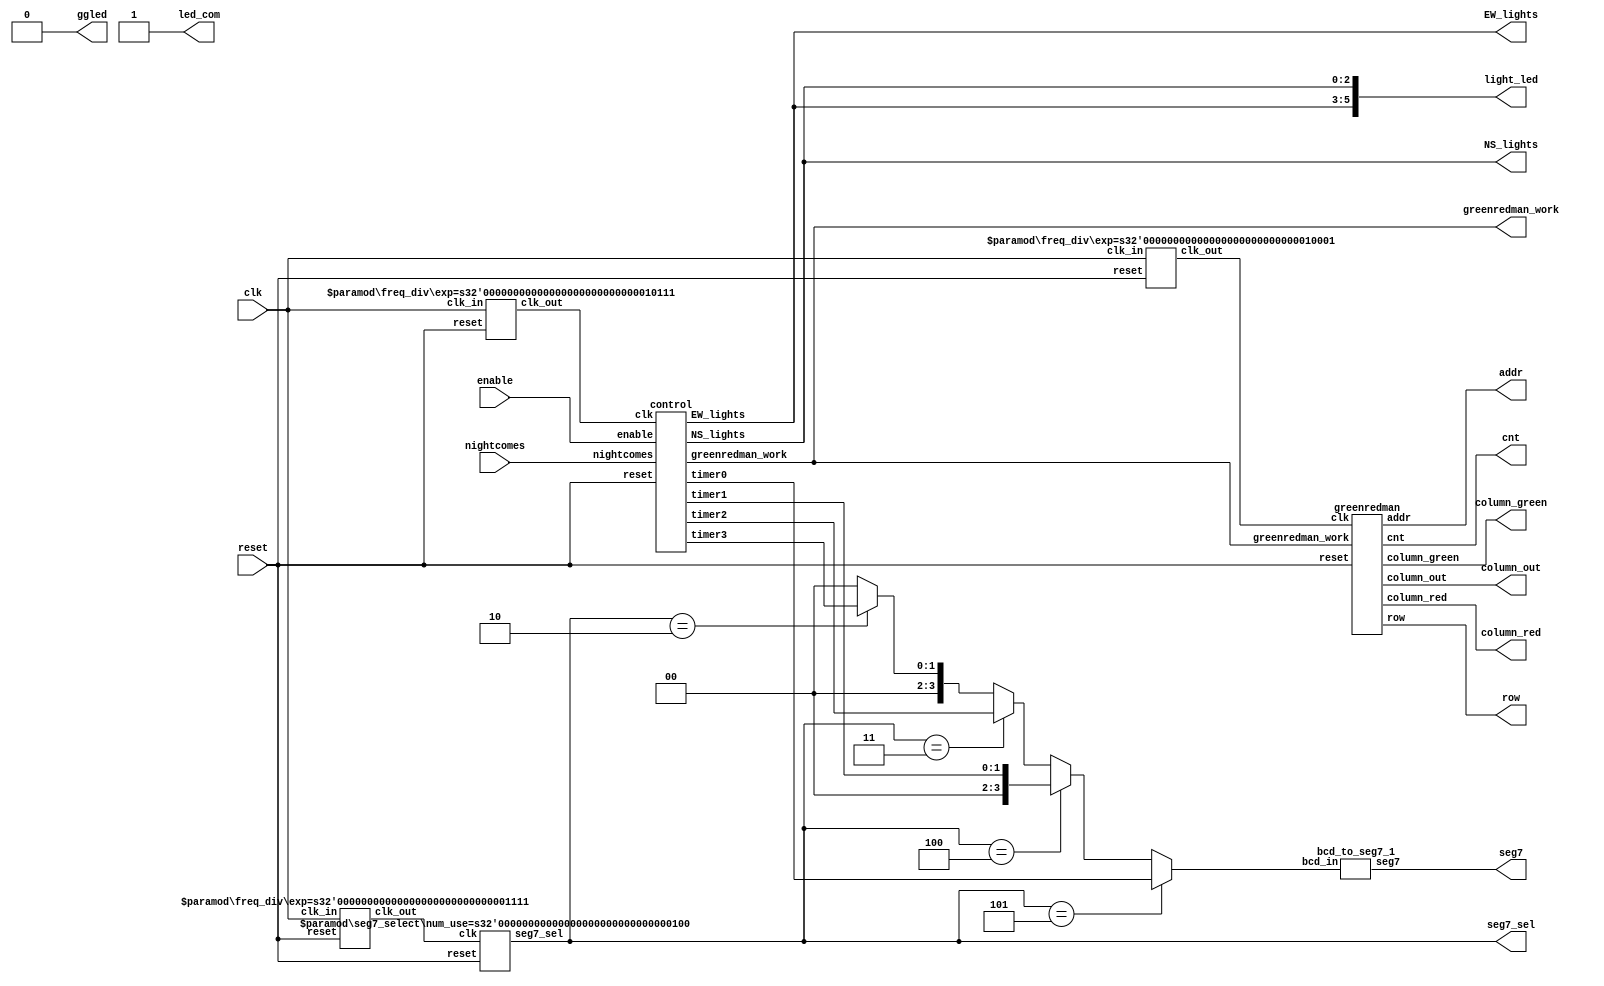
`timescale 1 ns/1 ns
module	lab7_2self(clk, reset, enable, nightcomes, light_led, led_com, ggled,
					seg7, seg7_sel,NS_lights, EW_lights,
					row, column_green, column_red,greenredman_work,cnt,addr,column_out);

input	clk, reset, enable, nightcomes;
output	[5:0]light_led;
output	led_com,ggled;
output	[6:0]seg7;
output	[2:0]seg7_sel,NS_lights, EW_lights;
output wire [6:0]cnt;
output wire	[7:0]column_out;
output wire	[8:0]addr;
wire	[3:0]segg;
wire	[3:0]timer0,timer2;
wire	[1:0]timer1,timer3;
wire	clk_cnt_dn,clk_sel,clk_row;

output wire	[1:0]greenredman_work;

output	[7:0]row, column_green, column_red;
wire 	[7:0]row, column_green, column_red;

assign	light_led={EW_lights,NS_lights};
assign	led_com= 1'b1;
assign	segg=	(seg7_sel == 3'b101 )? timer0 :
				(seg7_sel == 3'b100 )? timer1 :
				(seg7_sel == 3'b011 )? timer2 :
				(seg7_sel == 3'b010 )? timer3 :4'b0;
assign  ggled= 1'b0;

/*				
freq_div	#(4)	u1(.clk_in(clk), .reset(reset), .clk_out(clk_cnt_dn));
freq_div	#(1)	u2(.clk_in(clk),.reset(reset),.clk_out(clk_sel));
freq_div	#(1)	u3(.clk_in(clk),.reset(reset),.clk_out(clk_row));
*/
freq_div	#(23)	u1(.clk_in(clk), .reset(reset), .clk_out(clk_cnt_dn));
freq_div	#(15)	u2(.clk_in(clk),.reset(reset),.clk_out(clk_sel));
freq_div	#(17)	u3(.clk_in(clk),.reset(reset),.clk_out(clk_row));

control 			u4(.clk(clk_cnt_dn), .reset(reset), .enable(enable), .nightcomes(nightcomes),
						.timer3(timer3), .timer2(timer2), .timer1(timer1), .timer0(timer0),
						.greenredman_work(greenredman_work),
						.NS_lights(NS_lights), .EW_lights(EW_lights));
seg7_select	#(4) 	u5(.clk(clk_sel),.reset(reset),.seg7_sel(seg7_sel));
bcd_to_seg7_1 		u6(.bcd_in(segg),.seg7(seg7));

greenredman			u7(.clk(clk_row), .reset(reset), .row(row),
						.column_green(column_green), .column_red(column_red),
						.greenredman_work(greenredman_work),.cnt(cnt),
						.addr(addr), .column_out(column_out));

endmodule
//-----------------------------------------------------
`timescale 1 ns/1 ns
module 	control(clk, reset, enable, nightcomes, timer3, timer2,	timer1, timer0,
				greenredman_work, NS_lights, EW_lights);
input	clk, reset, enable, nightcomes;
//output	[4:0]cnt_d0;
output	[2:0]NS_lights, EW_lights;
//wire	[4:0]cnt_d0;

parameter 	GREEN_LIGHT = 2'b00,
			YELLOW_LIGHT= 2'b01,
			RED_LIGHT   = 2'b10,
			NIGHT		= 2'b11;

// timer starts to count from 0 and
// timer_clr also holds one cycle
parameter 	GREEN_COUNT = 6'h22,//5'd20+2,31-22=9
			YELLOW_COUNT= 6'h05,//5'd03+2,
			RED_COUNT  	= 6'h25,//5'd23+2,
			NIGHT_COUNT	= 6'h06;//5'd04+2;

reg		[2:0]NS_lights, EW_lights, next_NS_lights, next_EW_lights;
reg		[1:0]traffic_state, next_state;
reg		timer_clr, EW_side, next_timer_clr, next_EW_side;
reg		timer_clr2,next_timer_clr2;
//reg		[4:0]timer;
output	[3:0]timer0,timer2;
output	[1:0]timer1,timer3;
wire	[3:0]timer0,timer2;
wire	[1:0]timer1,timer3;

reg		[3:0]timer0reg,timer2reg;
reg		[1:0]timer1reg,timer3reg;

//reg		[4:0]a;
assign 	timer0 = timer0reg;
assign	timer1 = timer1reg;
assign 	timer2 = timer2reg;
assign	timer3 = timer3reg;

reg		[1:0]greenredman_work_reg, next_greenredman_work;

output	wire [1:0]greenredman_work;

assign	greenredman_work=greenredman_work_reg;


always @(posedge clk or posedge reset)
begin
  if (reset) begin
	traffic_state <= #1 GREEN_LIGHT;
    timer_clr     <= #1 1'b1;
	timer_clr2    <= #1 1'b1;
    EW_side       <= #1 1'b1;
    EW_lights     <= #1 3'b100;
    NS_lights     <= #1 3'b001;
	greenredman_work_reg<= #1 2'b00;
	end
  else
	//if(enable==1'b1) 
	begin
	  traffic_state <= #1 next_state;
	  timer_clr     <= #1 next_timer_clr;
	  timer_clr2    <= #1 next_timer_clr2;
	  EW_side       <= #1 next_EW_side;
	  EW_lights     <= #1 next_EW_lights;
	  NS_lights     <= #1 next_NS_lights;

	  greenredman_work_reg	<= #1 next_greenredman_work;
	end
end

always @(traffic_state  or EW_side  or EW_lights or NS_lights  or nightcomes
			or timer_clr or timer_clr2
			or timer1reg or timer0reg or timer3reg or timer2reg
			or greenredman_work_reg)
begin
    next_state     = traffic_state;
    next_timer_clr = timer_clr;
	next_timer_clr2= timer_clr2;
    next_EW_side   = EW_side;
    next_EW_lights = EW_lights;
    next_NS_lights = NS_lights;
	next_greenredman_work	= greenredman_work_reg;
    case (traffic_state)
      GREEN_LIGHT : begin
				next_timer_clr = 1'b0;
				//next_green_or_red=1'b0;
				next_greenredman_work=2'b00;
				if (EW_side==1'b1) begin
					next_EW_lights = 3'b100; //{g,y,r}
					next_NS_lights = 3'b001; //{g,y,r}
					end
				else begin
					next_EW_lights = 3'b001; //{g,y,r}
					next_NS_lights = 3'b100; //{g,y,r}
					
					end
				if ({timer1reg,timer0reg}==6'h10) begin
					//next_timer_clr = 1'b1;
					next_state     = YELLOW_LIGHT;
					end
				if (nightcomes==1'b1) begin
					next_timer_clr = 1'b1;
					next_state     = NIGHT;
					next_greenredman_work=2'b10;
					end				
		    end

      YELLOW_LIGHT : begin
				
				//next_timer_clr = 1'b0;
				
				if (EW_side==1'b1) begin
					next_EW_lights = 3'b010; //{g,y,r}
					next_NS_lights = 3'b001; //{g,y,r}
					end
				else begin
					next_EW_lights = 3'b001; //{g,y,r}
					next_NS_lights = 3'b010; //{g,y,r}
					end
				if ({timer1reg,timer0reg}==6'h04) begin
					//next_timer_clr = 1'b1;
					next_state     = RED_LIGHT;
					end
				if (nightcomes==1'b1) begin
					next_timer_clr2 = 1'b1;
					next_state     = NIGHT;
					next_greenredman_work=2'b10;
					end	
		    end

      RED_LIGHT : begin
				//next_timer_clr = 1'b0;
				
				next_greenredman_work=2'b01;
				if(EW_side==1'b1) begin
					next_EW_lights = 3'b001; //{g,y,r}
					next_NS_lights = 3'b001; //{g,y,r}
				end
				else begin
					next_EW_lights = 3'b001; //{g,y,r}
					next_NS_lights = 3'b001; //{g,y,r}
				end
				if({timer1reg,timer0reg}==6'h01) begin
					next_timer_clr = 1'b1;
					next_state     = GREEN_LIGHT;
					next_EW_side   = ~EW_side;
					
				end
				if (nightcomes==1'b1) begin
					next_timer_clr = 1'b1;
					next_state     = NIGHT;
					next_greenredman_work=2'b10;
				end
					
		    end
	  NIGHT:  begin
				next_timer_clr2 = 1'b0;
				next_EW_lights = 3'b010; //{g,y,r}
				next_NS_lights = 3'b010; //{g,y,r}
				if({timer3reg,timer2reg}==6'h01) begin
					next_timer_clr2	= 1'b1;
					if(nightcomes==1'b0)
					next_state		= GREEN_LIGHT;
					else
					next_state		=NIGHT;
				end
			end
      default	: begin
		    next_state     = GREEN_LIGHT;
			next_timer_clr = 1'b0;
		    next_EW_side   = 1'b1;
		    next_EW_lights = 3'b100; //{g,y,r}
		    next_NS_lights = 3'b001; //{g,y,r}
			next_greenredman_work=2'b00;
			
		  end
    endcase
end

always @(posedge clk or posedge reset)
begin
	if(reset) 
		begin
		timer1reg<=2'd3;
		timer0reg<=4'd1;
		end
	else 	
		//if(enable == 1'b1)
			if (timer_clr==1'b1)begin
				timer1reg<=2'd2;
				timer0reg<=4'd0;
				end
			else
				if({timer1reg,timer0reg}>6'd0)
					if(timer0reg>4'd0)
							timer0reg<=timer0reg-4'd1;				
					else begin
						timer0reg<=4'd9;
						timer1reg<=timer1reg-2'd1;
						end
				else begin
					timer1reg<=2'd2;
					timer0reg<=4'd0;
					end
end

always @(posedge clk or posedge reset)
begin
	if(reset) 
		begin
		timer3reg<=2'd3;
		timer2reg<=4'd1;
		end
	else 	
		//if(enable == 1'b1)
			if (timer_clr2==1'b1)begin
				timer3reg<=2'd0;
				timer2reg<=4'd6;
				end
			else
				if({timer3reg,timer2reg}>6'd0)
					if(timer2reg>4'd0)
							timer2reg<=timer2reg-4'd1;				
					else begin
						timer2reg<=4'd9;
						timer3reg<=timer3reg-2'd1;
						end
				else begin
					timer3reg<=2'd0;
					timer2reg<=4'd6;
					end
end
endmodule
//-------------------------------------------------
module 		freq_div(clk_in,reset,clk_out);

parameter	exp = 20;   
input		clk_in, reset;
output		clk_out;
reg			[exp-1:0] divider;
integer 	i;

assign 	clk_out= divider[exp-1];

always@ (posedge clk_in or posedge reset)
begin
	if(reset)
		for(i=0; i < exp; i=i+1)
		divider[i] = 1'b0;
	else
		divider = divider+ 1'b1;
end
endmodule
//-------------------------------------------------
module bcd_to_seg7_1(bcd_in,seg7);

input	[3:0]bcd_in;
output	[6:0]seg7;
reg		[6:0]seg7;

always@ (bcd_in)
	case(bcd_in) // abcdefg
			4'b0000: seg7 = 7'b1111110; // 0
			4'b0001: seg7 = 7'b0110000; // 1
			4'b0010: seg7 = 7'b1101101;
			4'b0011: seg7 = 7'b1111001;
			4'b0100: seg7 = 7'b0110011;
			4'b0101: seg7 = 7'b1011011;
			4'b0110: seg7 = 7'b1011111;
			4'b0111: seg7 = 7'b1110000;
			4'b1000: seg7 = 7'b1111111;
			4'b1001: seg7 = 7'b1111011;
			default: seg7 = 7'b0000001; 
	endcase
endmodule
//--------------------------------------------
module 		seg7_select(clk,reset,seg7_sel);

parameter	num_use= 6;
input		clk,reset;
output		[2:0]seg7_sel;
reg			[2:0]seg7_sel;

always@ (posedge clk or posedge reset) 
begin
	if(reset == 1)
		seg7_sel = 3'b101; // the rightmost one
	else
		if(seg7_sel == 6 -num_use)
			seg7_sel = 3'b101;
		else
			seg7_sel = seg7_sel-3'b001; // shift left
	end
endmodule
//---------------------------------------------
module	greenredman(clk, reset, row, column_green, column_red
					, greenredman_work, cnt, addr, column_out);
input 	clk,reset;
//input	[1:0]sel;
output	[7:0]row, column_green, column_red;
wire	[7:0]row, column_green, column_red;

output 	[6:0]cnt;
wire	[6:0]cnt;
output wire	[7:0]column_out;
output wire	[8:0]addr;
input	[1:0]greenredman_work;

assign 	column_green= (greenredman_work== 2'b00 || greenredman_work== 2'b10)? column_out: 8'b01111111;
assign 	column_red	= (greenredman_work== 2'b01 || greenredman_work== 2'b10)? column_out: 8'b11111110;

assign	addr={greenredman_work,cnt};
//assign	addr={greenredman_work,cnt};

//freq_div#(22) M1 (clk,reset,clk_idx);
//freq_div#(6) M1 (clk,reset,clk_idx);

//freq_div#(1) M2 (clk,reset,clk_row);
//idx_gen M3 (clk_idx,reset,idx); 
row_gen 	M4(clk, reset, row, cnt);
rom_char	M5(addr, column_out);

endmodule
//---------------------------------------------------------------------
module 	rom_char(addr, data);

input	[8:0]addr;
output	[7:0]data;

reg		[7:0]data;

always@(addr) 
begin
		case(addr)
		//----1------------------
		9'b00_0000_000: 	data=8'b01100000;		
		9'b00_0000_001: 	data=8'b01100000;	
		9'b00_0000_010: 	data=8'b00110000; 	
		9'b00_0000_011: 	data=8'b01111000;
		9'b00_0000_100: 	data=8'b00011000;		
		9'b00_0000_101: 	data=8'b00110100;	
		9'b00_0000_110: 	data=8'b00100010;		
		9'b00_0000_111: 	data=8'b01100110;
		//----2------------------
		9'b00_0001_000: 	data=8'b01100000;		
		9'b00_0001_001: 	data=8'b01100000;	
		9'b00_0001_010: 	data=8'b00110000; 	
		9'b00_0001_011: 	data=8'b01111100;
		9'b00_0001_100: 	data=8'b01011010;	
		9'b00_0001_101: 	data=8'b00110100;
		9'b00_0001_110: 	data=8'b01100010;	
		9'b00_0001_111: 	data=8'b01000010;
		//----3------------------
		9'b00_0010_000: 	data=8'b01100000;	
		9'b00_0010_001: 	data=8'b01100000;	
		9'b00_0010_010: 	data=8'b00110000;		
		9'b00_0010_011: 	data=8'b01111100;	
		9'b00_0010_100: 	data=8'b10110010;		
		9'b00_0010_101: 	data=8'b00011000;	
		9'b00_0010_110: 	data=8'b01100110;		
		9'b00_0010_111: 	data=8'b00000010;
		//----4------------------
		9'b00_0011_000: 	data=8'b11000000;	
		9'b00_0011_001: 	data=8'b11000000;	
		9'b00_0011_010: 	data=8'b01111000;		
		9'b00_0011_011: 	data=8'b01100100;	
		9'b00_0011_100: 	data=8'b10110000;		
		9'b00_0011_101: 	data=8'b00101000;	
		9'b00_0011_110: 	data=8'b11000110;		
		9'b00_0011_111: 	data=8'b00000010;
		//----5------------------
		9'b00_0100_000: 	data=8'b11000000;	
		9'b00_0100_001: 	data=8'b11000000;	
		9'b00_0100_010: 	data=8'b01100000;		
		9'b00_0100_011: 	data=8'b01111000;	
		9'b00_0100_100: 	data=8'b10110100;		
		9'b00_0100_101: 	data=8'b00111010;	
		9'b00_0100_110: 	data=8'b00100110;		
		9'b00_0100_111: 	data=8'b11100010;
		//----6------------------
		9'b00_0101_000: 	data=8'b11000000;	
		9'b00_0101_001: 	data=8'b11000000;	
		9'b00_0101_010: 	data=8'b01100000;		
		9'b00_0101_011: 	data=8'b01111000;	
		9'b00_0101_100: 	data=8'b10110100;		
		9'b00_0101_101: 	data=8'b00110010;	
		9'b00_0101_110: 	data=8'b01001100;		
		9'b00_0101_111: 	data=8'b11000100;
		//----7------------------
		9'b00_0110_000: 	data=8'b11000000;	
		9'b00_0110_001: 	data=8'b11000000;	
		9'b00_0110_010: 	data=8'b01100000;		
		9'b00_0110_011: 	data=8'b01111000;	
		9'b00_0110_100: 	data=8'b01110100;		
		9'b00_0110_101: 	data=8'b00110000;	
		9'b00_0110_110: 	data=8'b01011000;		
		9'b00_0110_111: 	data=8'b00101000;
		//----8-----------------
		9'b00_0111_000: 	data=8'b01100000;	
		9'b00_0111_001: 	data=8'b01100000;	
		9'b00_0111_010: 	data=8'b00110000;		
		9'b00_0111_011: 	data=8'b00111000;	
		9'b00_0111_100: 	data=8'b00011000;		
		9'b00_0111_101: 	data=8'b00010100;	
		9'b00_0111_110: 	data=8'b00011100;		
		9'b00_0111_111: 	data=8'b00000100;
		//----red----------------
		9'b01_1000_000: 	data=8'b00011000;	
		9'b01_1000_001: 	data=8'b00011000;	
		9'b01_1000_010: 	data=8'b00111100;		
		9'b01_1000_011: 	data=8'b01011010;	
		9'b01_1000_100: 	data=8'b01011010;		
		9'b01_1000_101: 	data=8'b00011000;	
		9'b01_1000_110: 	data=8'b00110100;		
		9'b01_1000_111: 	data=8'b01100110;
		//----yellow----------------
		9'b10_1001_000: 	data=8'b00000000;	
		9'b10_1001_001: 	data=8'b01111110;	
		9'b10_1001_010: 	data=8'b01000010;		
		9'b10_1001_011: 	data=8'b01011010;	
		9'b10_1001_100: 	data=8'b01011010;		
		9'b10_1001_101: 	data=8'b01000010;	
		9'b10_1001_110: 	data=8'b01111110;		
		9'b10_1001_111: 	data=8'b00000000;
		
		default: 			data=8'b11100111;
		endcase
end
endmodule
//---------------------------------------------------
/*module 	idx_gen(clk, reset, idx);
input 	clk,reset;
output	[6:0]idx;
reg		[6:0]idx;

always@(posedge clk or posedge reset) 
begin
	if(reset)
		idx= 7'd0;
	else 
			if(idx==7'd80)
				idx= 7'd0;
			else
				idx=idx+7'd08;
end
endmodule*/
//---------------------------------------------------
module 	row_gen(clk, reset, row, cnt);
input 	clk, reset;
//input	[6:0]idx;
output	[7:0]row;
output	[6:0]cnt;
reg		[7:0]row;
//reg		[6:0]idx_cnt;
reg		[6:0]cnt;

always@(posedge clk or posedge reset) 
begin
	if(reset) begin
		row		=8'b1000_0000;
		cnt		=4'd0;
		//idx_cnt	=7'd0;
		end
	else 
		if(cnt==7'd80)
			cnt=7'd0;
		else begin
			row		={row[0],row[7:1]} ;    	//(LED)
			cnt		=cnt+7'd1;        	//(07) 
			//idx_cnt	=idx+cnt;  	//(07)
			end
end
endmodule